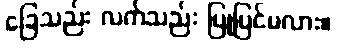
ခြေသည်း လက်သည်း ပြုပြင်မလား။